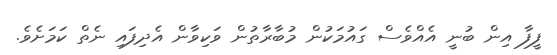
ފީފާ އިން ބުނީ އެއްވެސް ގައުމަކުން މުބާރާތުން ވަކިވާން އެދިފައި ނެތް ކަމަށެވެ.